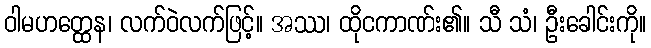
ဝါမဟတ္ထေန၊ လက်ဝဲလက်ဖြင့်။ အဿ၊ ထိုငကာဏ်း၏။ သီ သံ၊ ဦးခေါင်းကို။